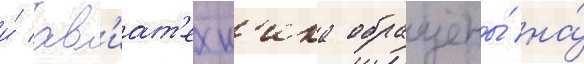
и́ ав'иат'ехн'ика обращены́ на́